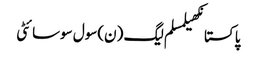
پاکستانکھیلمسلم لیگ (ن)سول سوسائٹی